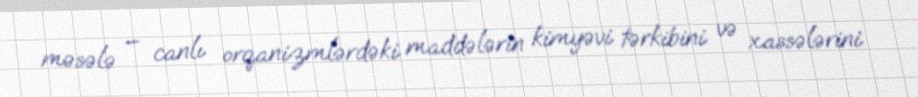
məsələ – canlı orqanizmlərdəki maddələrin kimyəvi tərkibini və xassələrini